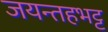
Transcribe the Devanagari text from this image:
जयन्तहभट्ट